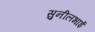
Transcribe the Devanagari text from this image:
सुनीलभाई